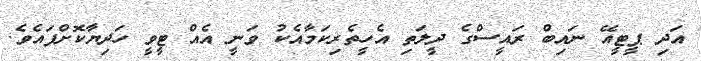
އަދި ޕީޓީއޭ ނައިބް ރައީސްގެ ދީލަތި އެހީތެރިކަމާއެކު ވަނީ އެއް ޓީވީ ހަދިޔާކޮށްފައެވެ.